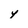
Character: y